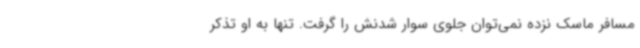
مسافر ماسک نزده نمی‌توان جلوی سوار شدنش را گرفت. تنها به او تذکر